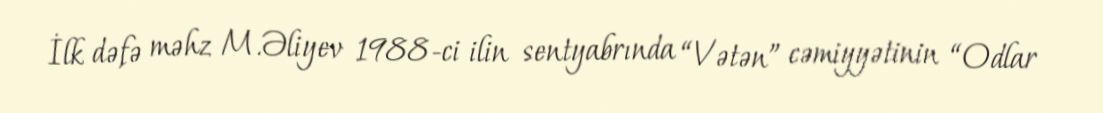
İlk dəfə məhz M.Əliyev 1988-ci ilin sentyabrında “Vətən” cəmiyyətinin “Odlar